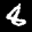
Label: 8